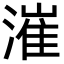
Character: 漼